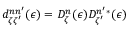
d _ { \zeta \zeta ^ { \prime } } ^ { n n ^ { \prime } } ( \epsilon ) = D _ { \zeta } ^ { n } ( \epsilon ) D _ { \zeta ^ { \prime } } ^ { n ^ { \prime } * } ( \epsilon )